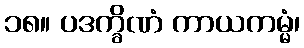
၁၈။ ပဒက္ခိဏံ ကာယကမ္မံ၊